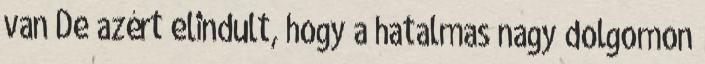
van De azért elindult, hogy a hatalmas nagy dolgomon